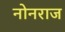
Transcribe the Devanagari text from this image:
नोनराज